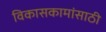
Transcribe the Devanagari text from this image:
विकासकामांसाठी